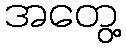
အတွေ့